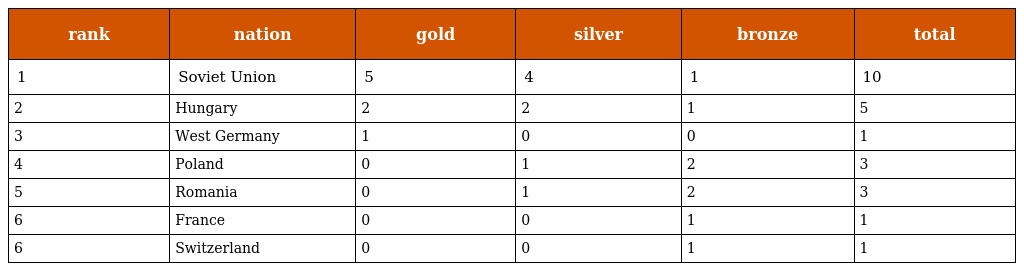
| rank | nation | gold | silver | bronze | total |
 | --- | --- | --- | --- | --- | --- |
 | 1 | Soviet Union | 5 | 4 | 1 | 10 |
 | 2 | Hungary | 2 | 2 | 1 | 5 |
 | 3 | West Germany | 1 | 0 | 0 | 1 |
 | 4 | Poland | 0 | 1 | 2 | 3 |
 | 5 | Romania | 0 | 1 | 2 | 3 |
 | 6 | France | 0 | 0 | 1 | 1 |
 | 6 | Switzerland | 0 | 0 | 1 | 1 |